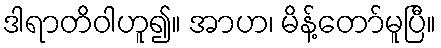
ဒါရာတိဝါဟူ၍။ အာဟ၊ မိန့်တော်မူပြီ။